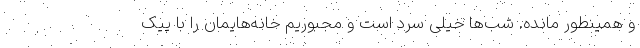
و همینطور مانده. شب‌ها خیلی سرد است و مجبوریم خانه‌هایمان را با پیک